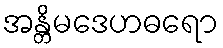
အန္တိမဒေဟဓရော